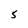
Character: 5